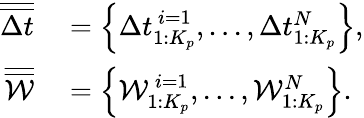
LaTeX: \begin{array}{rl}{\overline{{\overline{{\Delta t}}}}}&{{}=\left\{ \Delta t_{1:K_{p}}^{\, i=1},...,\Delta t_{1:K_{p}}^{N}\right\} ,}\\ {\overline{{\overline{{\mathcal{W}}}}}}&{{}=\left\{ \mathcal{W}_{1:K_{p}}^{\, i=1},...,\mathcal{W}_{1:K_{p}}^{N}\right\} .}\end{array}